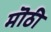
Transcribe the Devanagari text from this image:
मॊठी